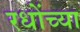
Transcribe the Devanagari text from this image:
रधोंच्या